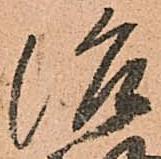
治